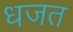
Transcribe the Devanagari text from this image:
धजत